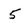
Character: 5